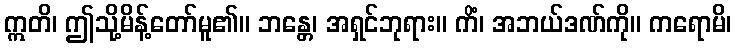
ဣတိ၊ ဤသို့မိန့်တော်မူ၏။ ဘန္တေ၊ အရှင်ဘုရား။ ကိံ၊ အဘယ်ဒဏ်ကို။ ကရောမိ၊